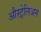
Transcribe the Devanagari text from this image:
औस्ट्रेलिअन